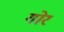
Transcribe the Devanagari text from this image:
गोरं